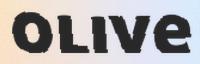
olive